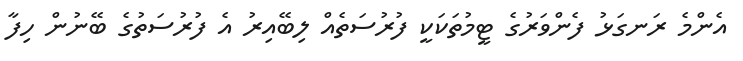
އެންމެ ރަނގަޅު ފެންވަރުގެ ޓީމުތަކަކީ ފުރުސަތެއް ލިބޭއިރު އެ ފުރުސަތުގެ ބޭނުން ހިފާ